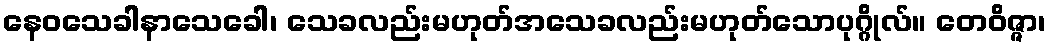
နေဝသေခါနာသေခေါ၊ သေခလည်းမဟုတ်အသေခလည်းမဟုတ်သောပုဂ္ဂိုလ်။ တေဝိဇ္ဇာ၊